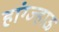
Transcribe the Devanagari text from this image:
हांग्ज्हाऊ